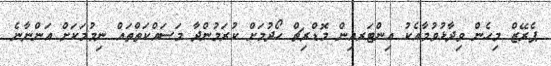
ޕެރޭޒް މިހެން ވިދާޅުވުމާއެކު އިންޓަރއިން މޮޑްރިޗް ހޯދުމަށް ކުރަމުންދާ މަސައްކަތްތައް ނިމުމަކަށް އަންނާނެ